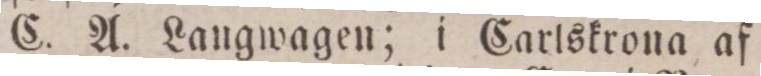
C. A. Langwagen; i Carlskrona af